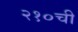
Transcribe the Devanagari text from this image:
२१०ची